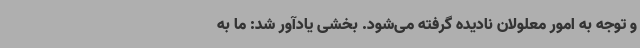
و توجه به امور معلولان نادیده گرفته می‌شود. بخشی یادآور شد: ما به